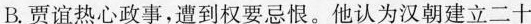
B.贾谊热心政事，遭到权要忌恨。他认为汉朝建立二十